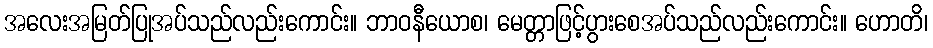
အလေးအမြတ်ပြုအပ်သည်လည်းကောင်း။ ဘာဝနီယောစ၊ မေတ္တာဖြင့်ပွားစေအပ်သည်လည်းကောင်း။ ဟောတိ၊